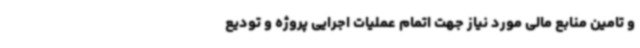
و تامین منابع مالی مورد نیاز جهت اتمام عملیات اجرایی پروژه و تودیع